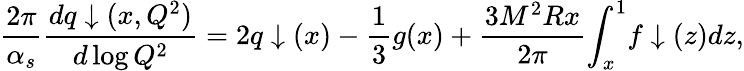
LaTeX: \frac{2\pi}{\alpha_{s}}\frac{dq\downarrow(x,Q^{2})}{d\log Q^{2}}=2q\downarrow(x)-\frac{1}{3}g(x)+\frac{3M^{2}Rx}{2\pi}{\int}_{x}^{1}f\downarrow(z)dz,